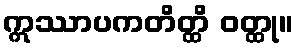
ဣဿာပကတိတ္ထိ ဝတ္ထု။